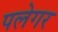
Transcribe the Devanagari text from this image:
पलेगर